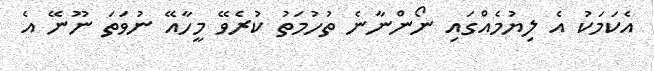
އެކަމަކު އެ ލިޔުމެއްގައި ނޯންނާނެ ތުހުމަތު ކުރެވޭ މީހާއޭ ނުވަތަ ނޫނޭ އެ